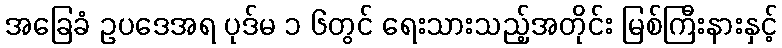
အခြေခံ ဥပဒေအရ ပုဒ်မ ၁ ၆တွင် ရေးသားသည့်အတိုင်း မြစ်ကြီးနားနှင့်